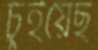
চুইয়েছ